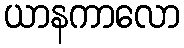
ယာနကာလော